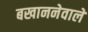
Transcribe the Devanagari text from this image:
बखाननेवाले